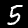
Digit: 5